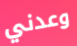
وعدني